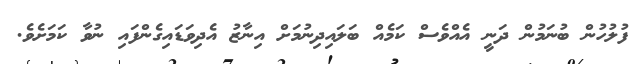
ފުލުހުން ބުނަމުން ދަނީ އެއްވެސް ކަމެއް ބަލައިދިނުމަށް އިނާޒު އެދިވަޑައިގެންފައި ނުވާ ކަމަށެވެ.